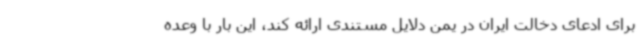
برای ادعای دخالت ایران در یمن دلایل مستندی ارائه کند، این بار با وعده